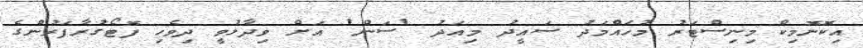
އިކޮނޮމިކް މިނިސްޓަރު މުހައްމަދު ސައީދު މިއަދު 'ސަން' އަށް ވިދާޅުވީ ދިވެހި ފޮޓޯގުރާފަރުންގެ